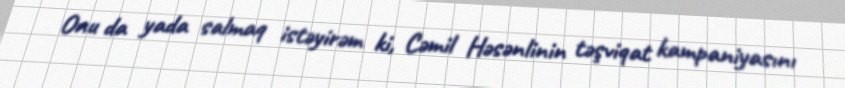
Onu da yada salmaq istəyirəm ki, Cəmil Həsənlinin təşviqat kampaniyasını